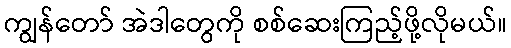
ကျွန်တော် အဲဒါတွေကို စစ်ဆေးကြည့်ဖို့လိုမယ်။